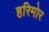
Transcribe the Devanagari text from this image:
हरिमोर